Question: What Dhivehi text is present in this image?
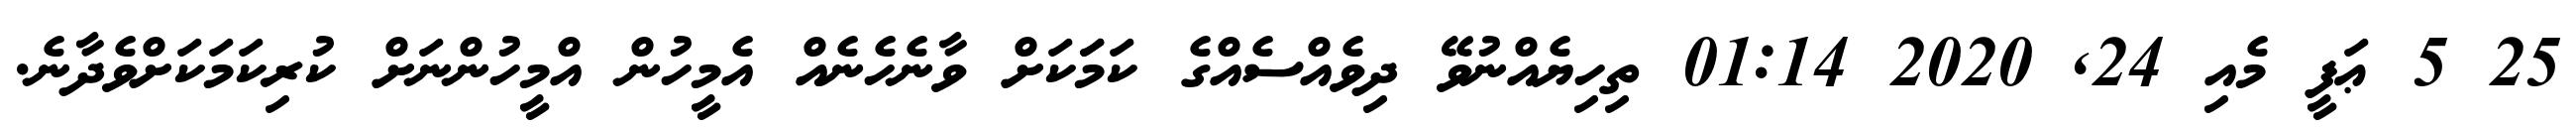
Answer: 25 5 ޢަފީ މެއި 24, 2020 01:14 ތިހިޔެއްނުވޭ ދިވެއްސެއްގެ ކަމަަކަށް ވާނެހެނެއް އެމީހުން އްމީހުންނަށް ކުރިކަމަކަށްވެދާނެ.